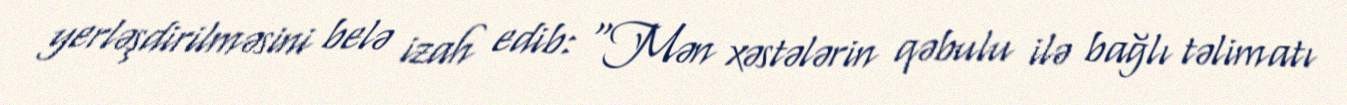
yerləşdirilməsini belə izah edib: "Mən xəstələrin qəbulu ilə bağlı təlimatı